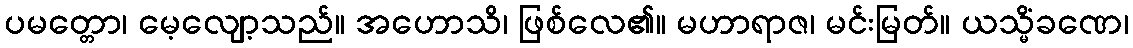
ပမတ္တော၊ မေ့လျော့သည်။ အဟောသိ၊ ဖြစ်လေ၏။ မဟာရာဇ၊ မင်းမြတ်။ ယသ္မိံခဏေ၊